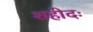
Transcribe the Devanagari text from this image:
शहीदः